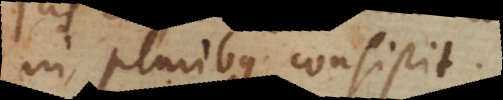
in pluribus consistit.